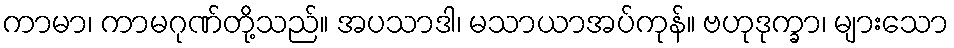
ကာမာ၊ ကာမဂုဏ်တို့သည်။ အပသာဒါ၊ မသာယာအပ်ကုန်။ ဗဟုဒုက္ခာ၊ များသော